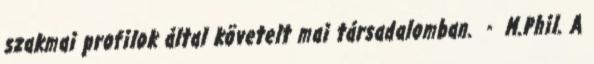
szakmai profilok által követelt mai társadalomban. - M.Phil. A